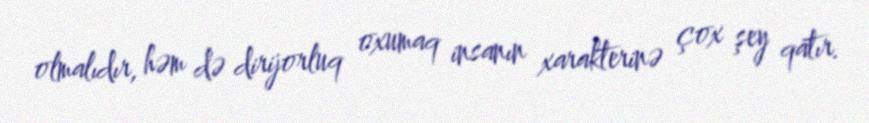
olmalıdır, həm də dirijorluq oxumaq insanın xarakterinə çox şey qatır.